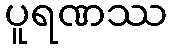
ပူရဏဿ